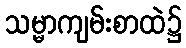
သမ္မာကျမ်းစာထဲ၌